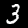
Digit: 3